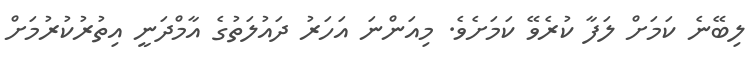
ލިބޭނެ ކަމަށް ލަފާ ކުރެެވޭ ކަމަށެވެ. މިއަންނަ އަހަރު ދައުލަތުގެ އާމްދަނީ އިތުރުކުރުމަށް